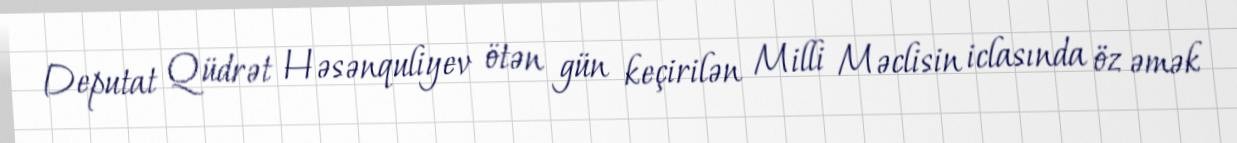
Deputat Qüdrət Həsənquliyev ötən gün keçirilən Milli Məclisin iclasında öz əmək